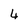
Character: 4